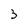
Character: 3